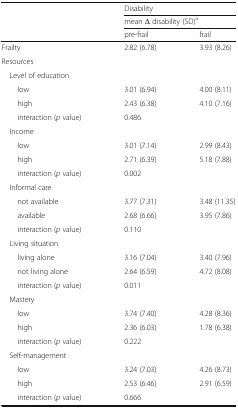
<table><thead><tr><td rowspan="3"></td><td colspan="2"><b>Disability</b></td></tr><tr><td colspan="2"><b>mean Δ disability (SD)<sup>a</sup></b></td></tr><tr><td><b>pre-frail</b></td><td><b>frail</b></td></tr></thead><tbody><tr><td>Frailty</td><td>2.82 (6.78)</td><td>3.93 (8.26)</td></tr><tr><td colspan="3">Resources</td></tr><tr><td> Level of education</td><td></td><td></td></tr><tr><td>low</td><td>3.01 (6.94)</td><td>4.00 (8.11)</td></tr><tr><td>high</td><td>2.43 (6.38)</td><td>4.10 (7.16)</td></tr><tr><td>interaction (<i>p</i> value)</td><td>0.486</td><td></td></tr><tr><td> Income</td><td></td><td></td></tr><tr><td>low</td><td>3.01 (7.14)</td><td>2.99 (8.43)</td></tr><tr><td>high</td><td>2.71 (6.39)</td><td>5.18 (7.88)</td></tr><tr><td>interaction (<i>p</i> value)</td><td>0.002</td><td></td></tr><tr><td> Informal care</td><td></td><td></td></tr><tr><td>not available</td><td>3.77 (7.31)</td><td>3.48 (11.35)</td></tr><tr><td>available</td><td>2.68 (6.66)</td><td>3.95 (7.86)</td></tr><tr><td>interaction (<i>p</i> value)</td><td>0.110</td><td></td></tr><tr><td> Living situation</td><td></td><td></td></tr><tr><td>living alone</td><td>3.16 (7.04)</td><td>3.40 (7.96)</td></tr><tr><td>not living alone</td><td>2.64 (6.59)</td><td>4.72 (8.08)</td></tr><tr><td>interaction (<i>p</i> value)</td><td>0.011</td><td></td></tr><tr><td> Mastery</td><td></td><td></td></tr><tr><td>low</td><td>3.74 (7.40)</td><td>4.28 (8.36)</td></tr><tr><td>high</td><td>2.36 (6.03)</td><td>1.78 (6.38)</td></tr><tr><td>interaction (<i>p</i> value)</td><td>0.222</td><td></td></tr><tr><td> Self-management</td><td></td><td></td></tr><tr><td>low</td><td>3.24 (7.03)</td><td>4.26 (8.73)</td></tr><tr><td>high</td><td>2.53 (6.46)</td><td>2.91 (6.59)</td></tr><tr><td>interaction (<i>p</i> value)</td><td>0.666</td><td></td></tr></tbody></table>